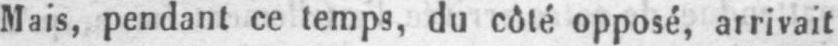
Mais, pendant ce temps, du côté opposé, arrivait